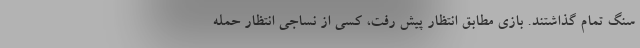
سنگ تمام گذاشتند. بازی مطابق انتظار پیش رفت، کسی از نساجی انتظار حمله